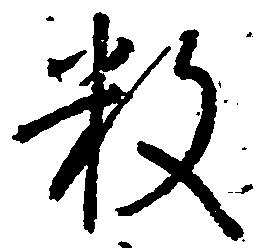
数